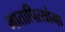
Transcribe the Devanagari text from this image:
मातापित्यांना